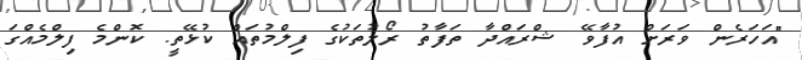
"އަހަރެން ވަރަށް އުފާވޭ ޝްރައްދާ ތަފާތު ރޯލުތަކުގެ ފިލްމުތައް ކުޅޭތީ. ކޮންމެ ފިލްމެއްގަ